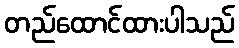
တည်ထောင်ထားပါသည်